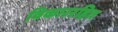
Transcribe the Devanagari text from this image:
विकाररहित